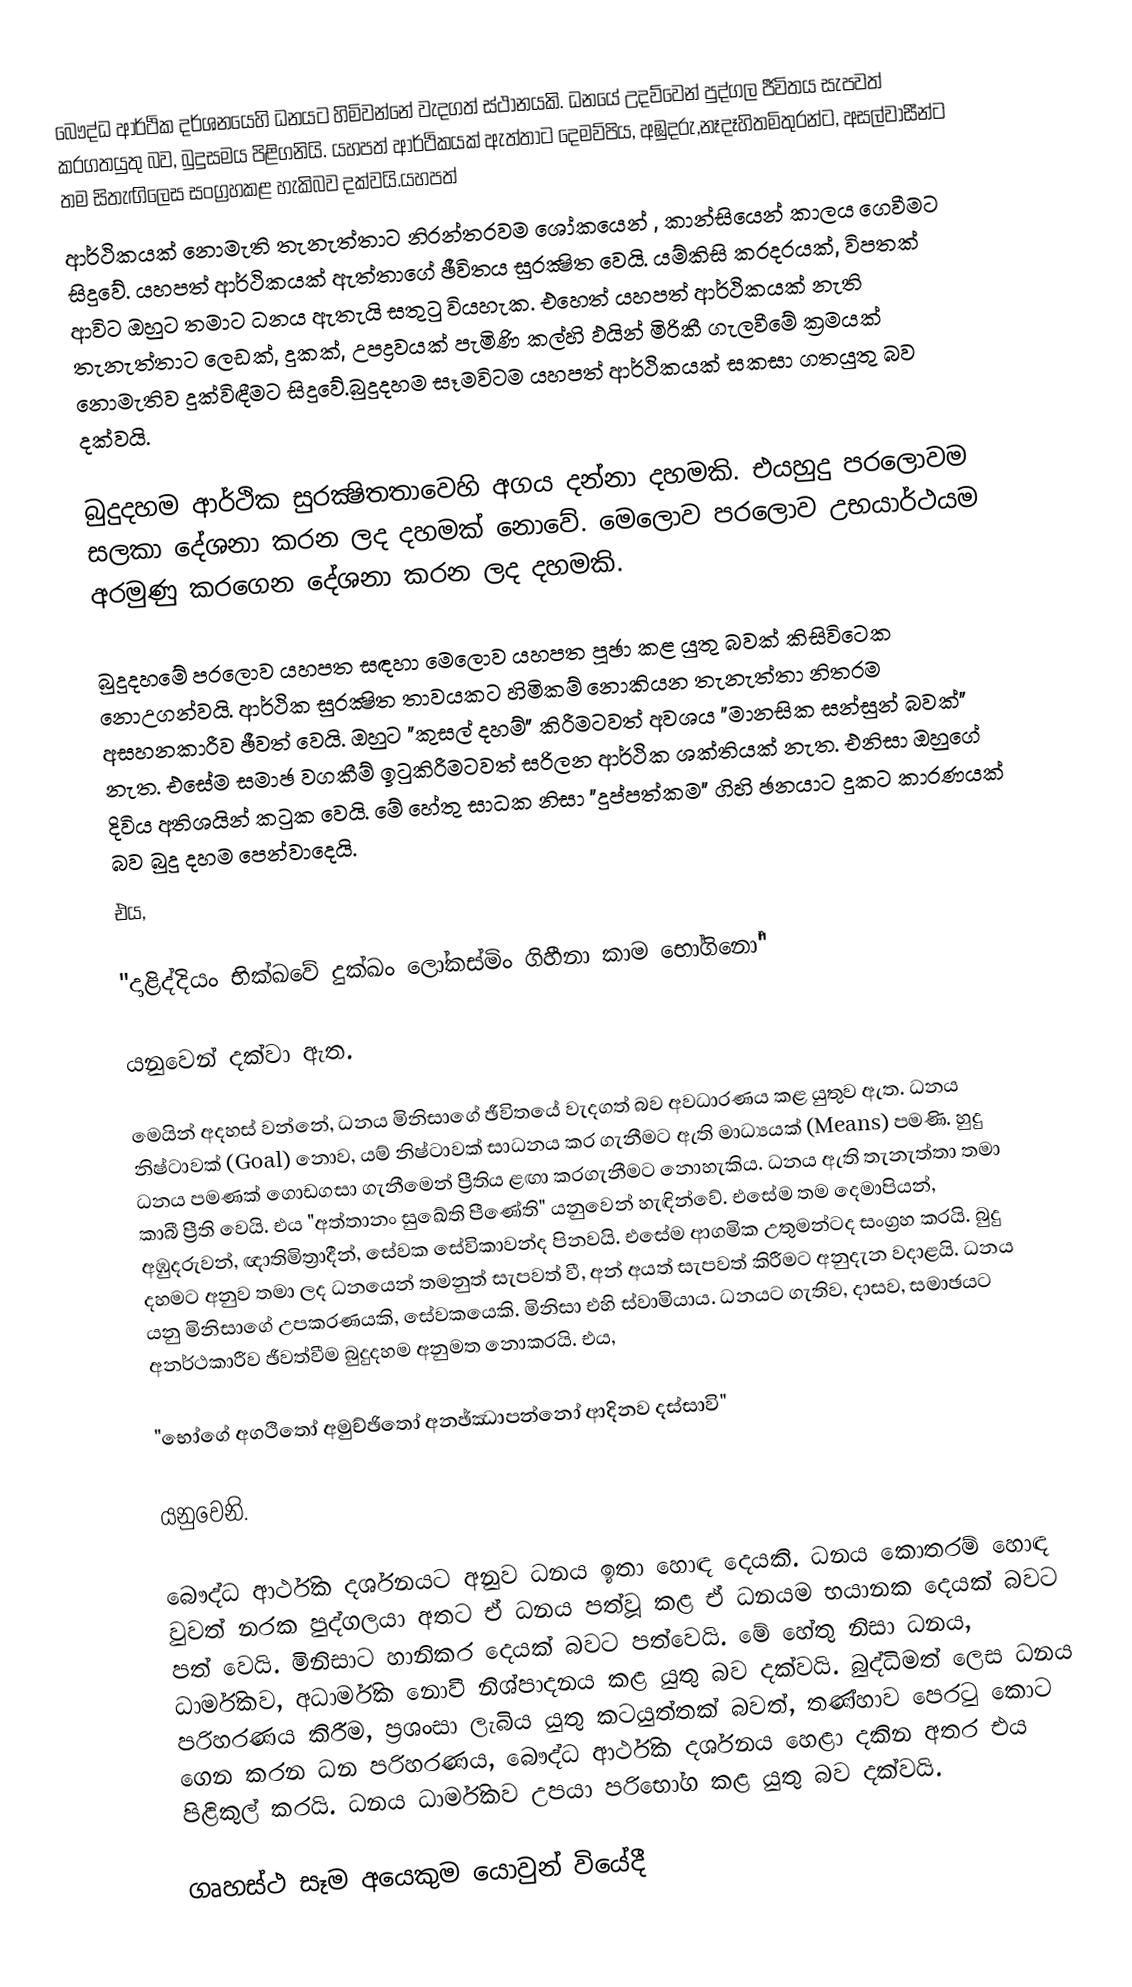
බෞද්ධ ආර්ථික දර්ශනයෙහි ධනයට හිමිවන්නේ වැදගත් ස්ථානයකි. ධනයේ උදව්වෙන් පුද්ගල ජීවිතය සැපවත් කරගතයුතු බව, බුදුසමය පිළිගනියි. යහපත් ආර්ථිකයක් ඇත්තාට  දෙමව්පිය, අඹුදරු,නෑදෑහිතමිතුරන්ට, අසල්වාසීන්ට තම සිතැඟිලෙස සංග්‍රහකළ හැකිබව දක්වයි.යහපත්
 ආර්ථිකයක් නොමැති තැනැත්තාට නිරන්තරවම  ශෝකයෙන් , කාන්සියෙන් කාලය ගෙවීමට සිදුවේ. යහපත් ආර්ථිකයක් ඇත්තාගේ ඡීවිතය සුරක්‍ෂිත වෙයි. යම්කිසි  කරදරයක්, විපතක් ආවිට ඔහුට තමාට ධනය ඇතැයි සතුටු වියහැක. එ‍හෙත් යහපත් ආර්ථිකයක් නැති තැනැත්තාට  ලෙඩක්, දුකක්, උපද්‍රවයක් පැමිණි කල්හි ඵයින් මිරිකී ගැලවීමේ ක්‍රමයක් නොමැතිව දුක්විඳීමට සිදුවේ.බුදුදහම සෑමවිටම යහපත් ආර්ථිකයක් සකසා ගතයුතු බව දක්වයි.

බුදුදහම ආර්ථික සුරක්‍ෂිතතාවෙහි අගය දන්නා දහමකි. එයහුදු පරලොවම සලකා දේශනා කරන ලද දහමක් නොවේ. ‍මෙලොව පරලොව උභයාර්ථයම අරමුණු කරගෙන දේශනා කරන ලද දහමකි.

බුදුදහමේ පරලොව යහපත සඳහා මෙලොව යහපත පූඡා කළ යුතු බවක් කිසිවිටෙක නොඋගන්වයි. ආර්ථික සුරක්‍ෂිත තාවයකට හිමිකම් නොකියන තැනැත්තා නිතරම අසහනකාරීව ඡීවත් වෙයි. ඔහුට "කුසල් දහම්" කිරීමටවත් අවශ‍්‍ය "මානසික සන්සුන් බවක්" නැත. එසේම සමාඡ වගකීම් ඉටුකිරීමටවත් සරිලන ආර්ථික ශක්තියක් නැත. එනිසා ඔහුගේ දිවිය අතිශයින් කටුක වෙයි. මේ හේතු සාධක නිසා "දුප්පත්කම" ගිහි ඡනයාට දුකට කාරණයක් බව බුදු දහම පෙන්වාදෙයි.
එය,

"දාළිද්දියං භික්‍ඛවේ දුක්ඛං ලෝකස්මිං ගිහීනා කාම භෝගිනෝ"

යනුවෙන් දක්වා ඇත.

මෙයින් අදහස් වන්නේ, ධනය මිනිසාගේ ඡීවිතයේ වැදගත්  බව අවධාරණය කළ යුතුව ඇත. ධනය නිෂ්ටාවක් (Goal) නොව, යම් නිෂ්ටාවක් සාධනය කර ගැනීමට ඇති මාධ්‍යයක් (Means) පමණි. හුදු ධනය පමණක් ගොඩගසා ගැනීමෙන් ප්‍රීතිය ළඟා කරගැනීමට නොහැකිය. ධනය ඇති තැනැත්තා තමා කාබී ප්‍රීති වෙයි. එය "අත්තානං සුඛේති පීණේති" යනුවෙන් හැඳින්වේ. එසේම තම දෙමාපියන්, අඹුදරුවන්, ඥාතිමිත්‍රාදීන්, සේවක සේවිකාවන්ද පිනවයි. එසේම ආගමික උතුමන්ටද සංග්‍රහ කරයි. බුදු දහමට අනුව තමා ලද ධනයෙන් තමනුත් සැපවත් වී, අන් අයත් සැපවත් කිරීමට අනුදැන වදාළයි. ධනය යනු මිනිසාගේ උපකරණයකි, සේවකයෙකි. මිනිසා එහි ස්වාමියාය. ධනයට ගැතිව, දාසව, සමාඡයට අනර්ථකාරීව ඡීවත්වීම බුදුදහම අනුමත නොකරයි. එය,

"භෝගේ අගථි‍තෝ අමුච්ඡිතෝ අනඡ්ඣාපන්නෝ ආදිනව දස්සාවි"

යනුවෙනි.

බෞද්ධ ආර්ථික දර්ශනයට අනුව ධනය ඉතා හොඳ දෙයකි. ධනය කොතරම් හොඳ වුවත් නරක පුද්ගලයා අතට  ඒ ධනය පත්වූ කළ ඒ ධනයම භයානක දෙයක් බවට පත් වෙයි. මිනිසාට හානිකර දෙයක් බවට පත්වෙයි. මේ  හේතු නිසා ධනය, ධාර්මිකව, අධාර්මික නොවී නිශ්පාදනය කළ යුතු බව දක්වයි. බුද්ධිමත් ලෙස ධනය  පරිහරණය කිරීම, ප්‍රශංසා ලැබිය යුතු කටයුත්තක් බවත්, තණ්හාව පෙරටු කොට ගෙන කරන ධන පරිහරණය, බෞද්ධ ආර්ථික දර්ශනය හෙළා දකින අතර එය පිළිකුල් කරයි. ධනය ධාර්මිකව උපයා පරිභෝග කළ යුතු බව දක්වයි.

ගෘහස්ථ සෑම අයෙකුම යොවුන් වියේදී